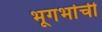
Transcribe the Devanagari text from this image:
भूगर्भाची